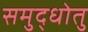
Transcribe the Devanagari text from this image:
समुद्धोतु